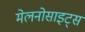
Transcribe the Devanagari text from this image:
मेलनोसाइट्स